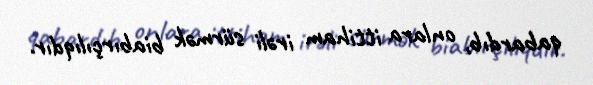
qabardıb, onlara ittiham irəli sürmək biabırçılıqdır.